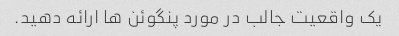
یک واقعیت جالب در مورد پنگوئن ها ارائه دهید.